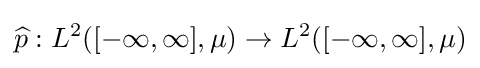
{\widehat {p}}:L^{2}([-\infty ,\infty ],\mu )\to L^{2}([-\infty ,\infty ],\mu )